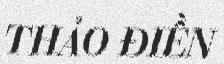
THẢO ĐIỀN